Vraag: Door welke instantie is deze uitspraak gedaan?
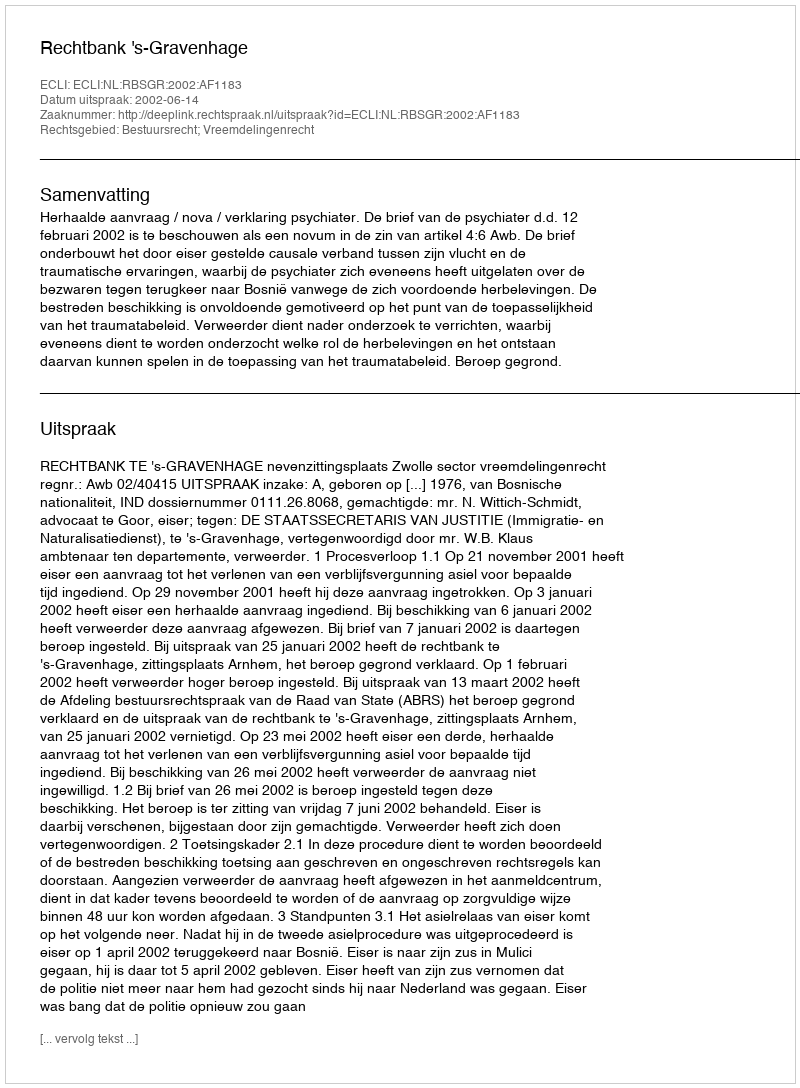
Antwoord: Rechtbank 's-Gravenhage